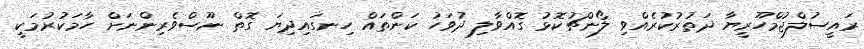
ރައީސުލްޖުމްހޫރީޔާ ދަތުރުކުރެއްވި ލޯންޗުކޮޅު ގޮއްވާލި ދުވަހު ކަންތައް ހިނގައިދިޔަ ގޮތް ނޫސްވެރިންނަށް ހާމަކުރުމަކީ